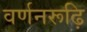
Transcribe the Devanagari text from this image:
वर्णनरूढ़ि